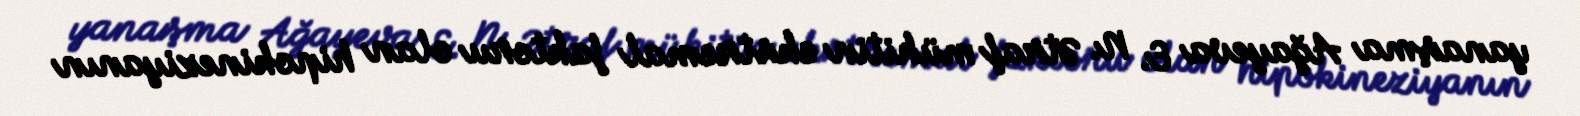
yanaşma Ağayeva E. N. Ətraf mühitin ekstremal faktoru olan hipokineziyanın